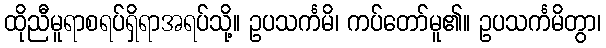
ထိုညီမူရာစရပ်ရှိရာအရပ်သို့။ ဥပသင်္ကမိ၊ ကပ်တော်မူ၏။ ဥပသင်္ကမိတွာ၊